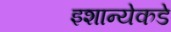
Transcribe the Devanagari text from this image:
इशान्येकडे